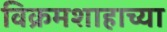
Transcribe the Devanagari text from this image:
विक्रमशाहाच्या